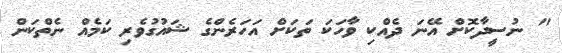
" ނުސީދާކޮށް އޭނަ ދެއްކި ވާހަކަ ތަކަށް އަހަރެންގެ ޝައުގުވެރި ކަމެއް ނެތްކަން